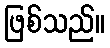
ဖြစ်သည်။